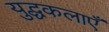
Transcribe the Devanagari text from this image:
युद्धकलाएँ